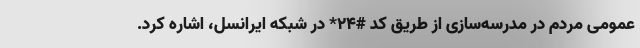
عمومی مردم در مدرسه‌سازی از طریق کد #۲۴* در شبکه ایرانسل، اشاره کرد.